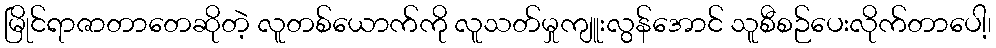
မြိုင်ရာဇာတာတေဆိုတဲ့ လူတစ်ယောက်ကို လူသတ်မှုကျူးလွန်အောင် သူစီစဉ်ပေးလိုက်တာပေါ့၊